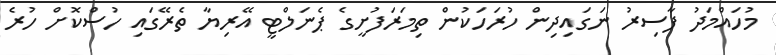
މުހައްމަދު ފާސިރު ނަގައިދިން ހުރަހަކުން ތިމަރަފުށީގެ ޕެނަލްޓީ އޭރިޔާ ތެރޭގައި ހުސްކޮށް ހުރެ